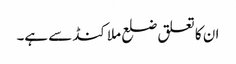
ان کا تعلق ضلع ملاکنڈ سے ہے۔